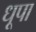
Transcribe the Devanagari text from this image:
धूपा